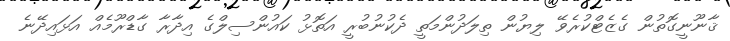
ޤާނޫނީގޮތުން ގެޒެޓްކުރެވޭ ލިޔުން ތިލަދުންމަތީ ދެކުނުބުރީ އަތޮޅު ކައުންސިލްގެ އިދާރާ ގާޑްރޫމެއް އަޅައިދޭނެ